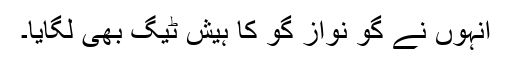
انہوں نے گو نواز گو کا ہیش ٹیگ بھی لگایا۔